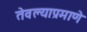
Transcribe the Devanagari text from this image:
तेवल्याप्रमाणे